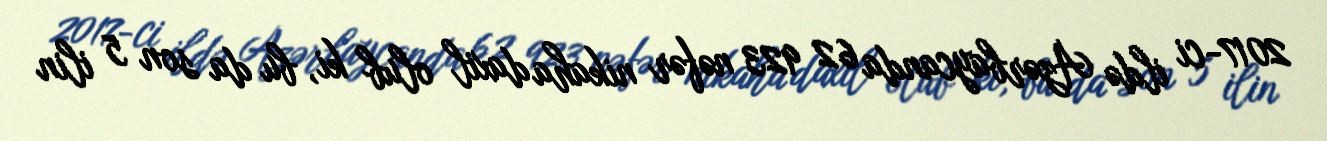
2017-ci ildə Azərbaycanda 62 923 nəfər nikaha daxil olub ki, bu da son 5 ilin